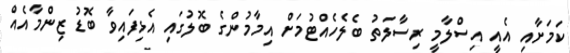
ކަމަށާއި އެއީ އިސްލާމީ ރިސާލަތު ބެލެހެއްޓުމަށް އިމާމުންގެ ބޮލުގައި އެޅިފައިވާ ބޮޑު ޒިންމާއެއް